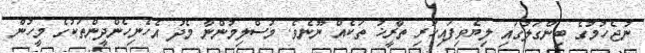
ނުޖެހުމުގެ ބިންގަލުގައި ލިޔެވިފައިހުރި ތާރީޚު ތަކެއް ނޫނެވެ. މުސްލިމުންނާ މެދު އެހެނިހެންދީންތަކުގެ މީހުން